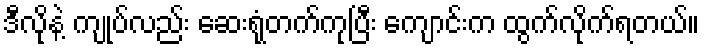
ဒီလိုနဲ့ ကျုပ်လည်း ဆေးရုံတက်ကုပြီး ကျောင်းက ထွက်လိုက်ရတယ်။